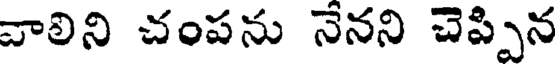
వాలిని చంపను నేనని చెప్పిన